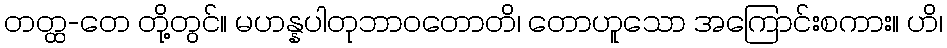
တတ္ထ-တေ တို့တွင်။ မဟန္နပါတုဘာဝတောတိ၊ တောဟူသော အကြောင်းစကား။ ဟိ၊